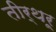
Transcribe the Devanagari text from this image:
तीर्थरू